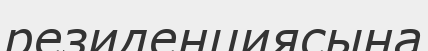
резиденциясына